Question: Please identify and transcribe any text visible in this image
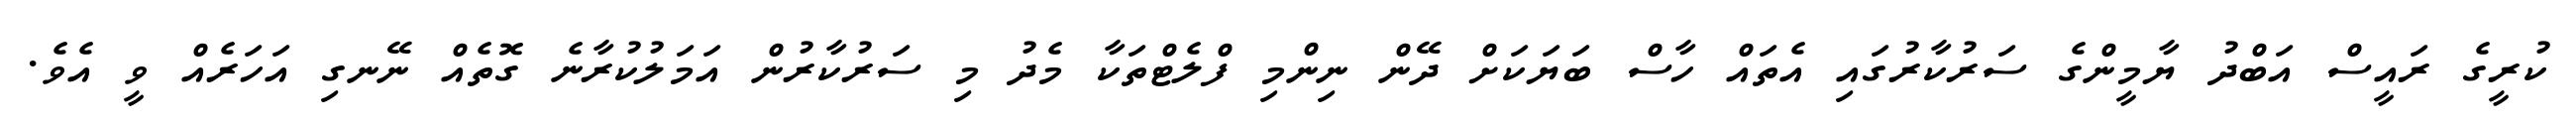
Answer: ކުރީގެ ރައީސް އަބްދު ޔާމީންގެ ސަރުކާރުގައި އެތައް ހާސް ބަޔަކަށް ދޭން ނިންމި ފްލެޓްތަކާ މެދު މި ސަރުކާރުން އަމަލުކުރާނެ ގޮތެއް ނޭނގި އަހަރެއް ވީ އެވެ.